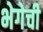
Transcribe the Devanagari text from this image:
भेगेची